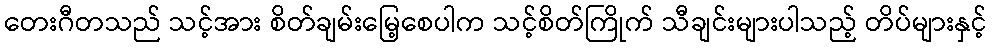
တေးဂီတသည် သင့်အား စိတ်ချမ်းမြေ့စေပါက သင့်စိတ်ကြိုက် သီချင်းများပါသည့် တိပ်များနှင့်